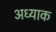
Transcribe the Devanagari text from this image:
अध्याक